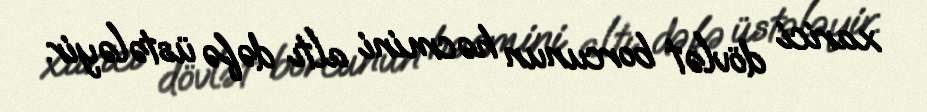
xarici dövlət borcunun həcmini altı dəfə üstələyir.